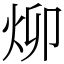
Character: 㶯